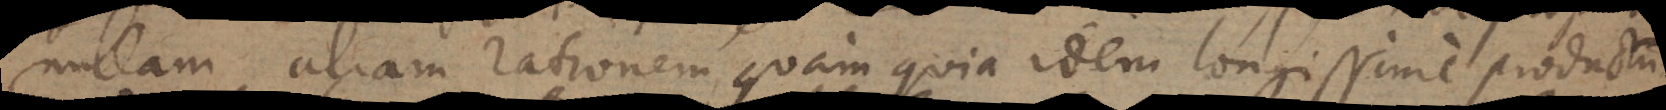
nullam aliam rationem, quam quia idem longissime productum